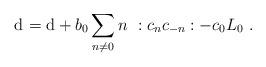
LaTeX: \begin{align*}\mathrm{d}_{}=\mathrm{d}+b_0\sum_{n\neq0}n\ :c_n c_{-n}:-c_0L_0\ .\end{align*}